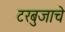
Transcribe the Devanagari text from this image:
टरबुजाचे